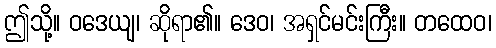
ဤသို့။ ဝဒေယျ၊ ဆိုရာ၏။ ဒေဝ၊ အရှင်မင်းကြီး။ တထေဝ၊